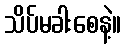
သိပ်မခါးစေနဲ့။